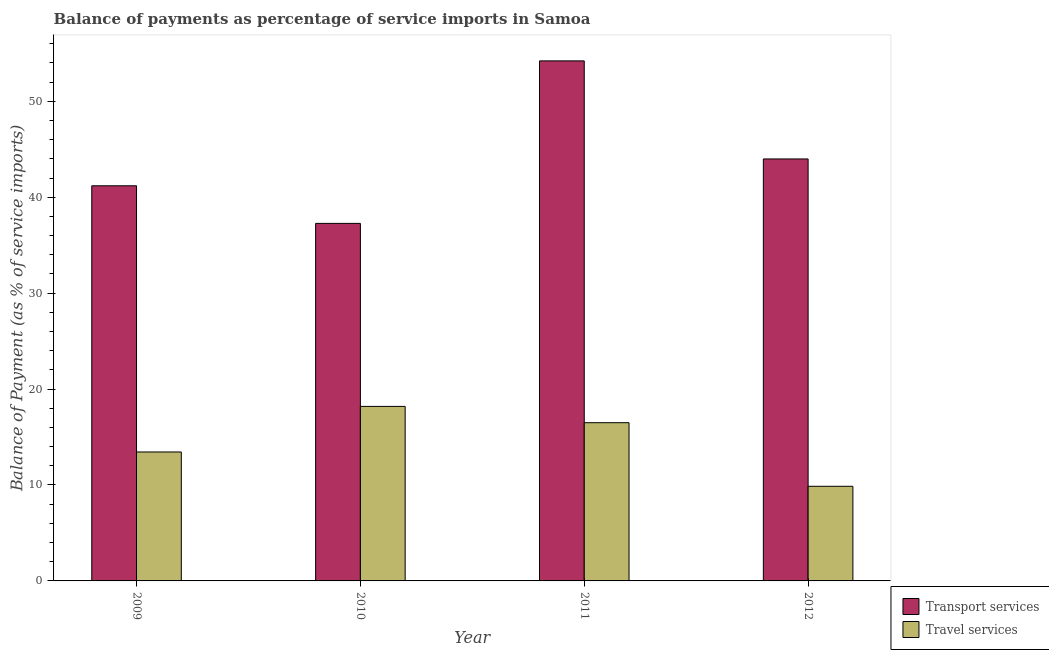
| Year | Transport services | Travel services |
 | --- | --- | --- |
 | 2009 | 41.2 | 13.4 |
 | 2010 | 37.3 | 18.2 |
 | 2011 | 54.2 | 16.5 |
 | 2012 | 44 | 9.86 |